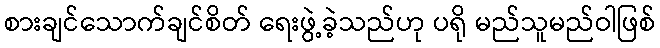
စားချင်သောက်ချင်စိတ် ရေးဖွဲ့ခဲ့သည်ဟု ပရို မည်သူမည်ဝါဖြစ်